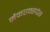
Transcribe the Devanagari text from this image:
मैकएक्सप्रेस